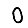
Digit: 0